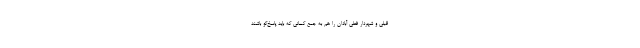
قبلی و شهردار فعلی‌ آبادان را هم به جمع کسانی که باید پاسخ‌گو باشند